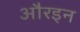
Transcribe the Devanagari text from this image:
औरइन